system: You are a helpful assistant.
user:
Analyze the provided spectrum to determine if it is a **White Dwarf (WD)**.

A White Dwarf spectrum is defined by its **extreme purity** (due to gravitational settling) and/or **extreme pressure broadening** (due to high surface gravity). You must check for one of the following mutually exclusive signatures:

- **Key Visual Indicators (Check for ONE of these types):**

    - **1. DA-Type Signature (Most Common):**
        - **(Primary Feature):** Extreme pressure broadening (Stark broadening) of the **Hydrogen (H) Balmer lines**.
        - **(Key Lines):** $H\beta$ (approx. $4861$ Å) and $H\gamma$ (approx. $4340$ Å). $H\alpha$ (approx. $6563$ Å) will also be present if the wavelength range covers it.
        - **(Line Profile):** This is the **defining feature**. The lines are **NOT** sharp. They appear as massive, **extremely broad and deep "troughs" or "dips"** in the spectrum, often hundreds of Ångströms wide. The continuum will appear to "scoop" down at these wavelengths.
        - **(Distinction):** Normal A-type or B-type stars have *narrow* and *sharp* Hydrogen lines. A DA White Dwarf's lines are unmistakably "smeared" or "blurry" from pressure.

    - **2. DB-Type Signature:**
        - **(Primary Feature):** Broad absorption lines from **Neutral Helium (He I)**. The spectrum must lack any visible Hydrogen lines.
        - **(Key Lines):** Look for broad absorption near $4471$ Å, $4921$ Å, and $5876$ Å.
        - **(Line Profile):** These lines are also significantly pressure-broadened, appearing much wider than they would in a normal B-type main-sequence star.

    - **3. DC-Type Signature:**
        - **(Primary Feature):** A **featureless continuous spectrum**.
        - **(Line Profile):** The spectrum is a smooth curve with **no significant absorption or emission lines**.
        - **(Key Confirmation):** The continuum is almost always **blue or white**, indicating a hot object. This signature implies the atmosphere is so pure (or so cool) that no spectral lines are visible in the optical range. Its WD identity is confirmed by its extremely low intrinsic brightness (high absolute magnitude).

    - **4. DZ-Type Signature (Metal-Polluted):**
        - **(Primary Feature):** **Isolated, narrow metal absorption lines** on an otherwise featureless (DC-like) continuum.
        - **(Key Lines):** The **Calcium (Ca II) H & K doublet** (approx. **$3934$ Å** and **$3968$ Å**) is the most common and defining feature.
        - **(Line Profile):** These lines are "out of place." They are *not* part of a "forest" of thousands of lines. This signature is evidence of recent *accretion* (pollution) from rocky debris.
        - **(Distinction):** Normal G/K/M stars have a *dense forest* of thousands of metal lines. A DZ has a *clean* continuum with *only a few* strong metal lines.

    - **5. DQ-Type Signature (Carbon-Polluted):**
        - **(Primary Feature):** Absorption bands from **Carbon (C₂ "Swan Bands" or atomic C I)**.
        - **(Key Lines - C₂):** Look for bandheads with a "saw-tooth" shape near $5635$ Å, **$5165$ Å** (strongest), and $4737$ Å.
        - **(Key Confirmation):** The underlying **continuum must be blue or white** (hot).
        - **(Distinction):** This is the critical difference from a **Carbon Star**, which has the *exact same* C₂ bands but on an extremely **red, cool** continuum.

- **(Overall Spectrum):**
    - The continuum (overall shape) is typically **blue-sloping** (brighter in the blue than the red), as most white dwarfs are very hot.
    - The spectrum will look "pure" or "simple," dominated by only *one* of the five signatures listed above.

Think first, call **spectral_visualization_tool** if needed to examine features in detail, then provide your final answer. Your response must adhere to the following strict rules:
1.  **Overall Structure:** Your response must follow the format `<think>...</think> <tool_call>...</tool_call> (if a tool is used) <answer>...</answer>`.
2.  **Tool Usage Constraint:** You may only make **one** tool call per turn.
3.  **Final Answer Format:** In the `<answer>` tag, your conclusion must be inside a `\boxed{}` command (e.g., `\boxed{YES}` or `\boxed{NO}`), followed by your justification.

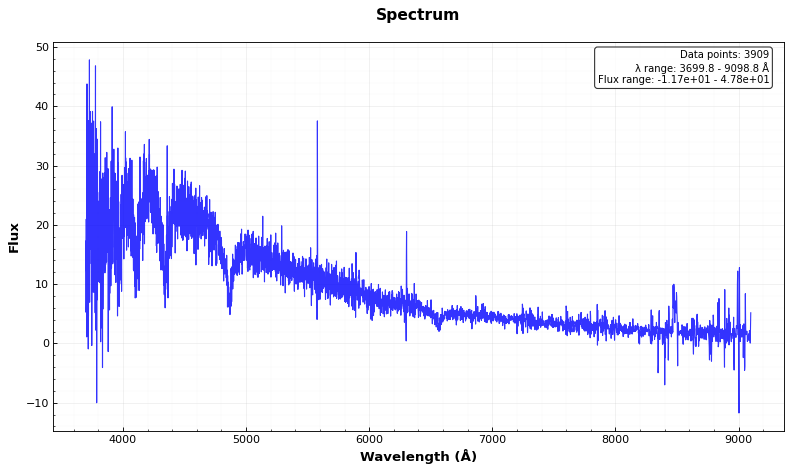
Answer: YES